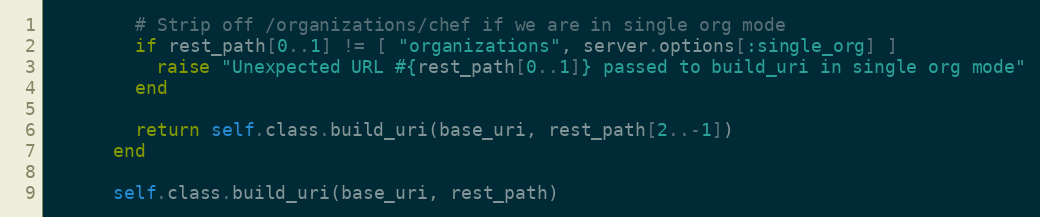
Language: Ruby
        # Strip off /organizations/chef if we are in single org mode
        if rest_path[0..1] != [ "organizations", server.options[:single_org] ]
          raise "Unexpected URL #{rest_path[0..1]} passed to build_uri in single org mode"
        end

        return self.class.build_uri(base_uri, rest_path[2..-1])
      end

      self.class.build_uri(base_uri, rest_path)